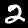
Label: 2